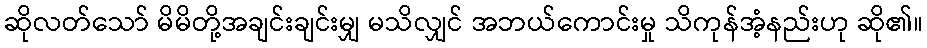
ဆိုလတ်သော် မိမိတို့အချင်းချင်းမျှ မသိလျှင် အဘယ်ကောင်းမှု သိကုန်အံ့နည်းဟု ဆို၏။